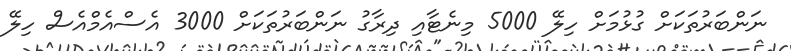
ނަންބަރުތަކަށް ގުޅުމަށް ހިލޭ 5000 މިނެޓާއި ދިރާގު ނަންބަރުތަކަށް 3000 އެސްއެމްއެސް ހިލޭ